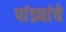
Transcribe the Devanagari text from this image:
पांड्यांचे